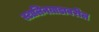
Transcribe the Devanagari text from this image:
स्टालिनग्राडावरील